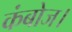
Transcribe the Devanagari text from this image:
कंबोज।